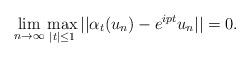
LaTeX: \begin{align*}\lim_{n \to \infty} \max_{|t| \leq 1} || \alpha_t(u_n) - e^{ipt} u_n || = 0.\end{align*}